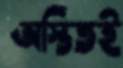
অস্তিতই